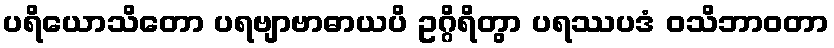
ပရိယောသိတော ပရဗျာဗာဓာယပိ ဥဂ္ဂိရိတွာ ပရဿပဒံ ဝသိဘာဝတာ